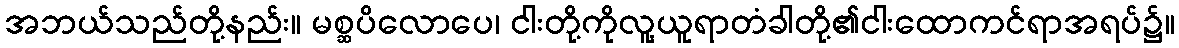
အဘယ်သည်တို့နည်း။ မစ္ဆပိလောပေ၊ ငါးတို့ကိုလူ့ယူရာတံခါတို့၏ငါးထောကင်ရာအရပ်၌။